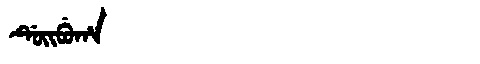
Manchu: ᡩᡠᡳᠪᡠᡥᠠ
Romanization: DUIBUHA